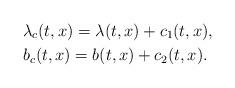
LaTeX: \begin{align*} &\lambda_c(t,x)= \lambda(t,x)+c_1(t,x), \\ &b_c(t,x)= b(t,x)+c_2(t,x).\end{align*}